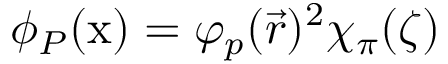
\phi _ { P } ( \mathrm { x } ) = \varphi _ { p } ( \vec { r } ) { ^ 2 \chi _ { \pi } ( \zeta ) }